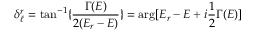
\delta _ { \ell } ^ { r } = \tan ^ { - 1 } \{ { \frac { \Gamma ( E ) } { 2 ( E _ { r } - E ) } } \} = \arg [ E _ { r } - E + i { \frac { 1 } { 2 } } \Gamma ( E ) ]